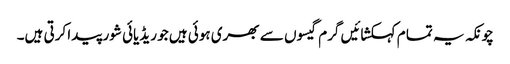
چونکہ یہ تما م کہکشائیں گرم گیسوں سے بھری ہوئی ہیں جو ریڈیائی شور پیدا کرتی ہیں۔